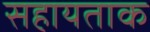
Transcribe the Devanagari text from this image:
सहायताक